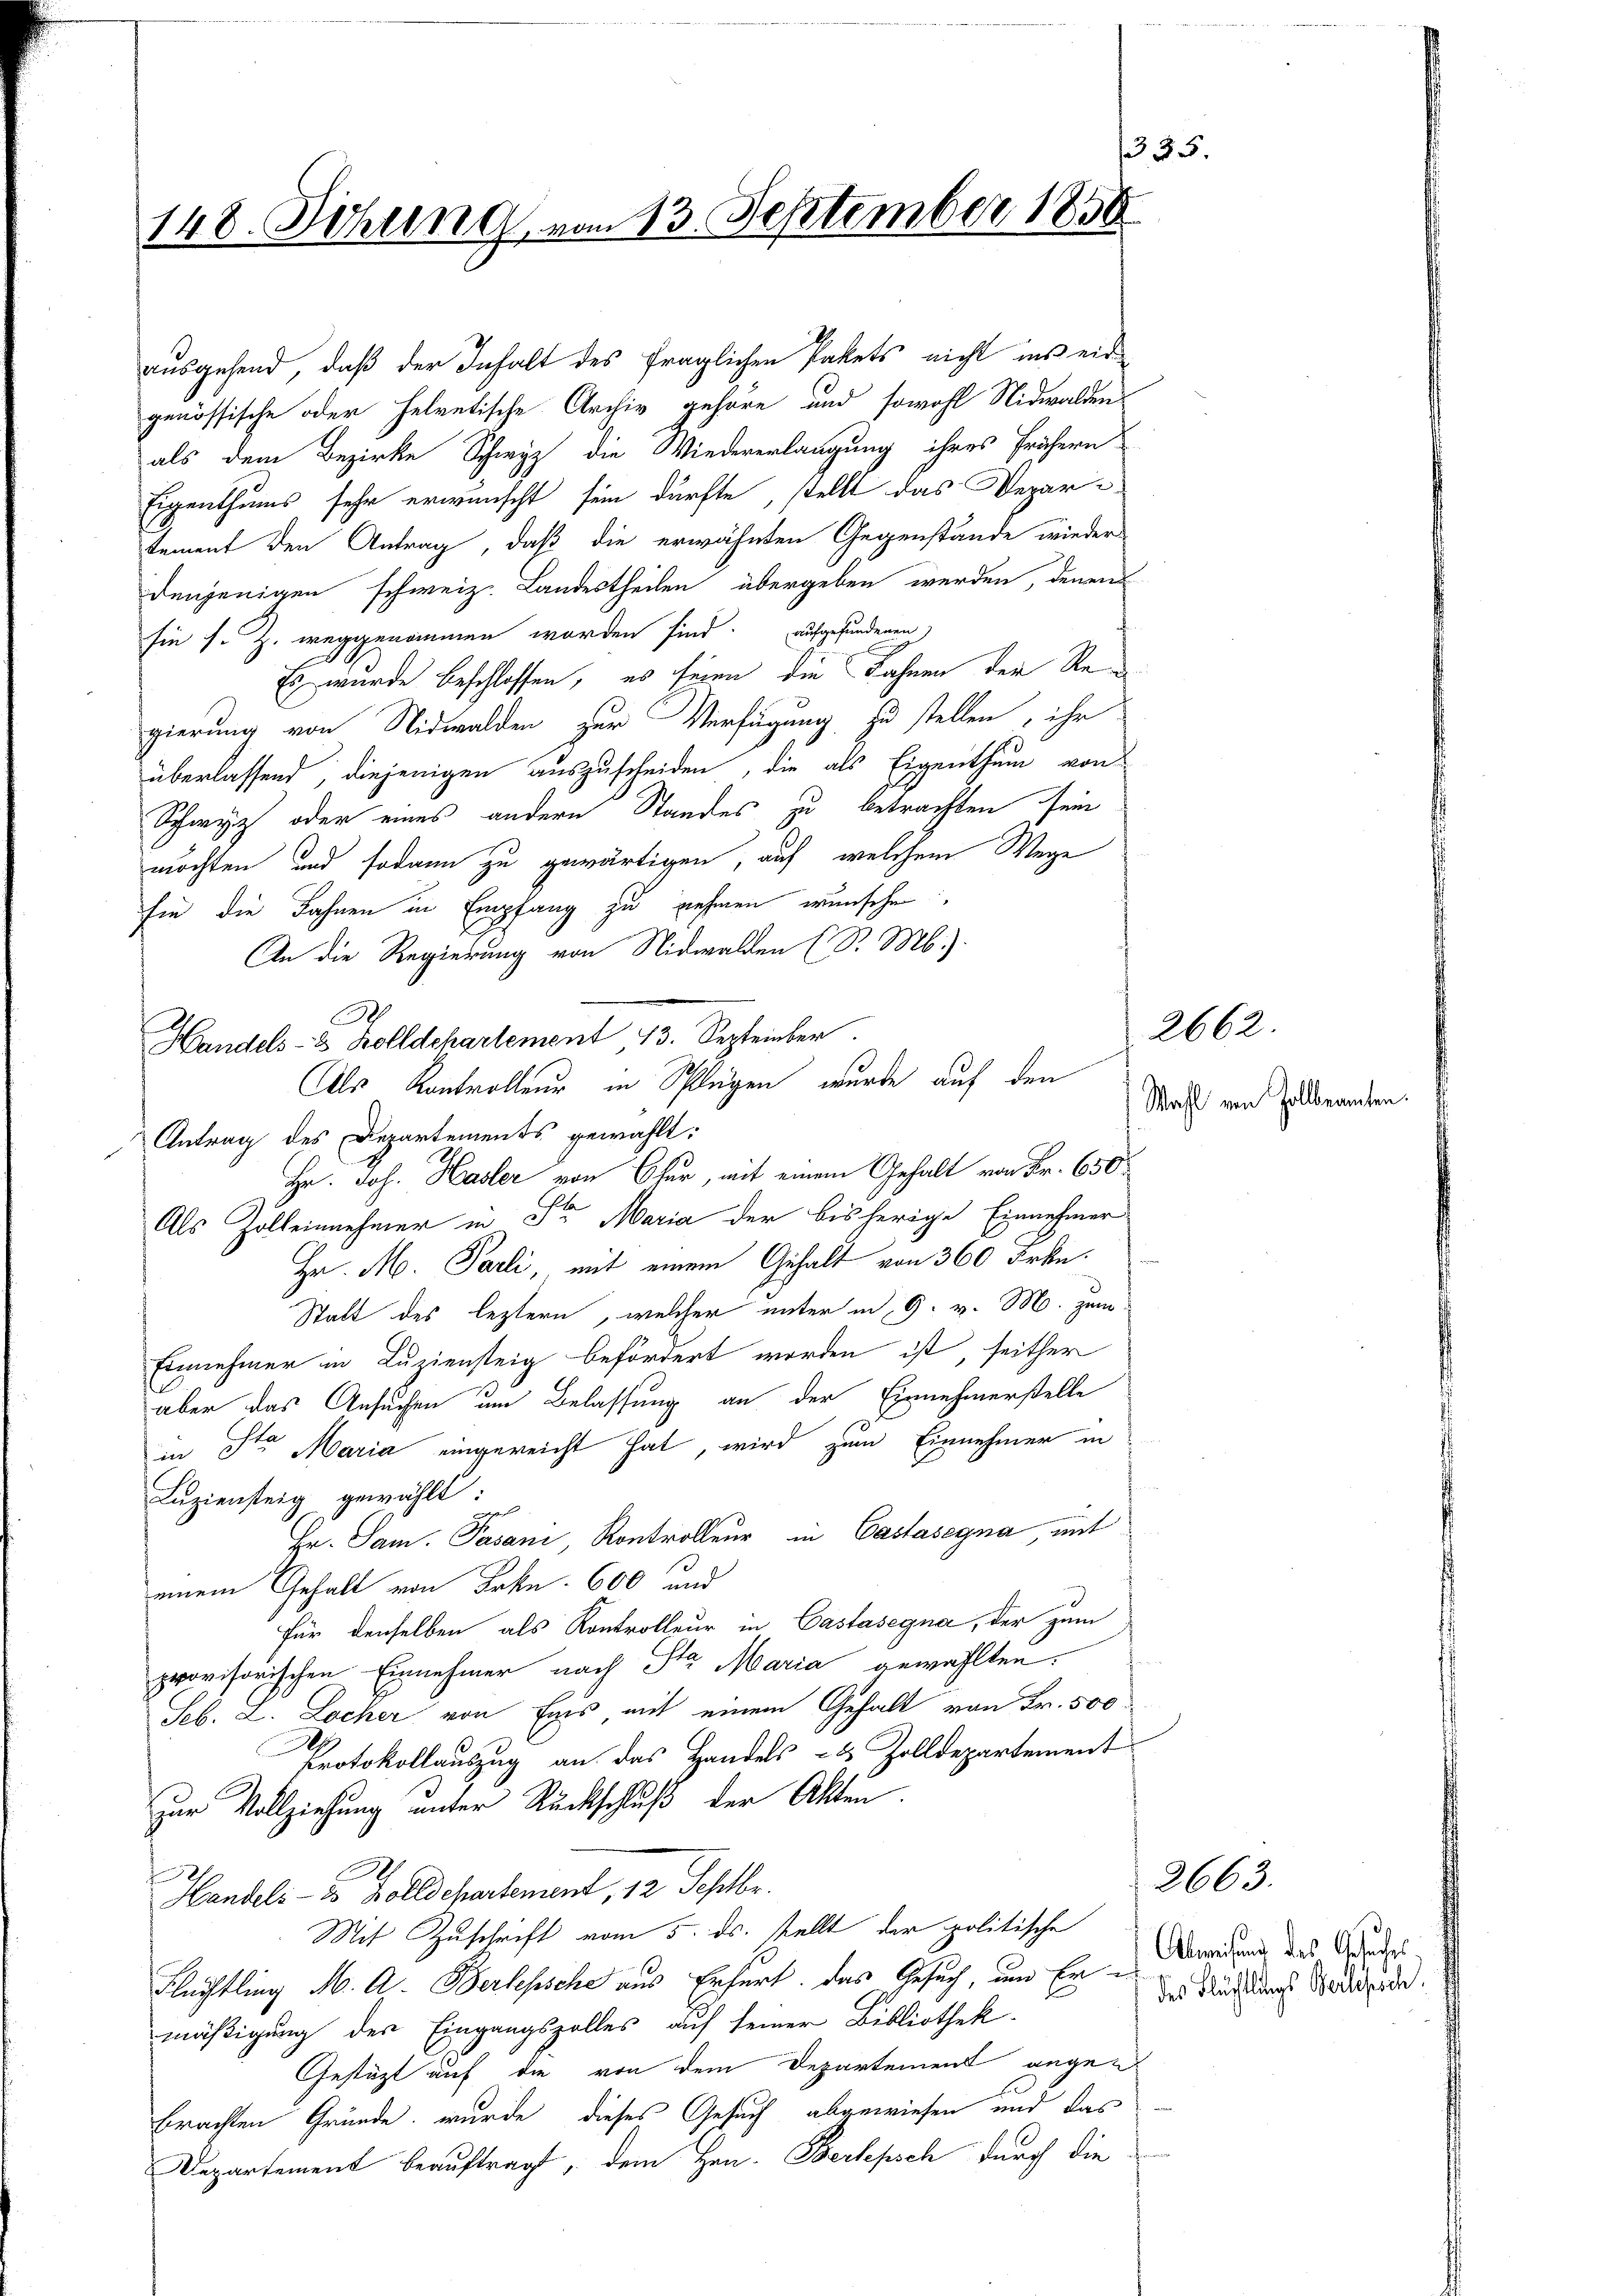
148. Sitzung, vom 13. September 1850

ausgehend, daß der Inhalt des fraglichen Pakets nicht ins eidgenössische oder helvetische Archiv gehöre und sowohl Nidwalden
als dem Bezirke Schwyz die Wiedererlangung ihres frühern
Eigenthums sehr erwünscht sein dürfte, stellt das Departement den Antrag, daß die erwähnten Gegenstände wieder
denjenigen schweiz. Landestheilen übergeben werden, denen
sie s. Z. weggenommen worden sind. aufgefundenen
Es wurde beschlossen, es seien die Fahnen der Regierung von Nidwalden zur Verfügung zu stellen, ihr
überlassend, diejenigen auszuscheiden, die als Eigenthum von
Schwyz oder eines andern Standes zu betrachten sein
möchten und sodann zu gewärtigen auf welchem Wege
sie die Fahnen in Empfang zu nehmen wünschen.
An die Regierung von Nidwalden (S. M.)
.
Handels- & Kolldchartement 13. September.
Als Kontrolleur in Splügen, wurde auf den
Antrag des Departements gewählt:
Hr. Joh. Hasler von Chur, mit einem Gehalt von Fr. 650
Als Zölleinnehmer in St. Maria der bisherige Einnehmer
Hr. M. Parli, mit einem Gehalt von 360 Frkn.
Stalt des leztern, welcher unter in 9. v. M. zum
Einnehmer in Luziensteig befördert worden ist, seither
aber das Ansuchen um Belassung an der Einnehmerstelle
a
in J. Maria eingereicht hat, wird zum Einnehmer in
Luziensteig gewählt
Fr. Sam. Pasani Kontrolleur in Castasegna mit
einem Gehalt von Frkn. 600 und
Für denselben als Kontrolleur in Castasegna, der zum
provisorischen Einnehmer nach Sta Maria gewählten.
Seb. L. Locher von Enis mit einem Gehalt von Fr. 500
Protokollauszug an das Handels- & Zolldepartement
zur Vollziehung unter Rückschluß der Akten.
Handels- u. Zolldepartement, 12 Septbr.
Mit Zuschrift vom 5. ds. stellt der politische
Flüchtling M. A. Berlessche aus Erfurt, das Gesuch, und Er i
mäßigung der Eingangszolles auf seiner Bibliothek.
Gestützt auf die von dem Departement angen
brachten Gründe, wurde dieses Gesuch abgewiesen und das
Departement beauftragt, dem Hrn. Perlepsch durch die

Wahl von Zollbeamten

2662.

Abweisung des Gesuches,
des Flüchtlings Bertssch

2663.